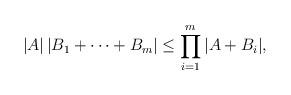
LaTeX: \begin{align*}|A|\,|B_1+\dots +B_m| \le \prod\limits_{i=1}^m|A+B_i|,\end{align*}